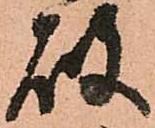
破